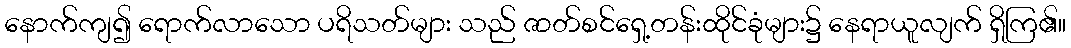
နောက်ကျ၍ ရောက်လာသော ပရိသတ်များ သည် ဇာတ်စင်ရှေ့တန်းထိုင်ခုံများ၌ နေရာယူလျက် ရှိကြ၏။